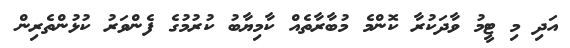
އަދި މި ޓީމު ވާދަކުރާ ކޮންމެ މުބާރާތެއް ކާމިޔާބު ކުރުމުގެ ފެންވަރު ކުޅުންތެރިން